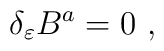
\delta_{\varepsilon} B^{a} =0~,